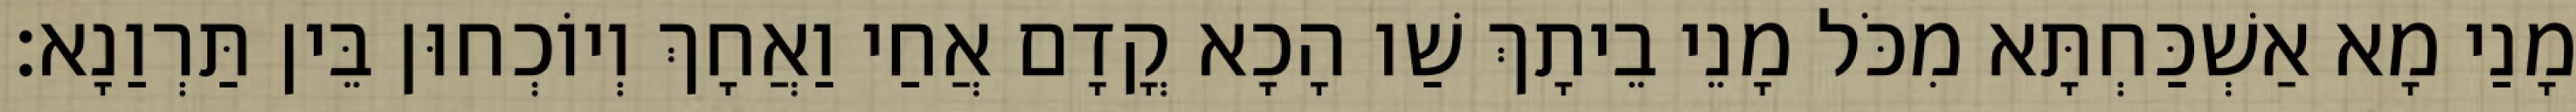
מָנַי מָא אַשְׁכַּחְתָּא מִכֹּל מָנֵי בֵיתָךְ שַׁו הָכָא קֳדָם אֲחַי וַאֲחָךְ וְיוֹכְחוּן בֵּין תַּרְוַנָא׃